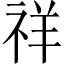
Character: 祥